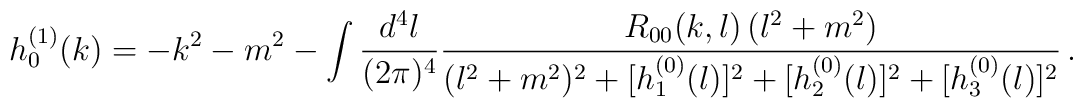
h_0^{(1)}(k) = - k^2-m^2 - \int {d^4 l \over  (2 \pi)^4}     {R_{00}(k,l) \, (l^2+m^2)  \over  (l^2+m^2)^2     + [h_1^{(0)}(l)]^2 + [h_2^{(0)}(l)]^2 + [h_3^{(0)}(l)]^2}  \, .